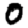
Digit: 0